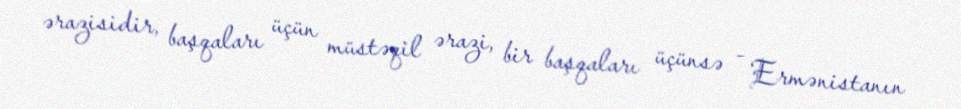
ərazisidir, başqaları üçün müstəqil ərazi, bir başqaları üçünsə - Ermənistanın